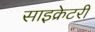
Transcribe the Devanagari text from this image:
साइक्रेटरी